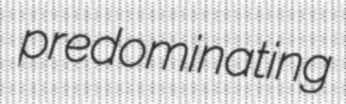
predominating